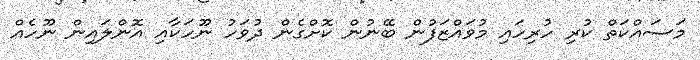
މަސައްކަތް ކުރި ހުރިހައި މުވައްޒަފުން ބޭނުން ކޮށްގެން ދުވަހު ނޫހަކާއި އޮންލައިން ނޫހެއް